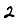
Digit: 2